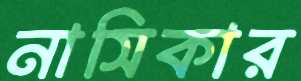
নাসিকার